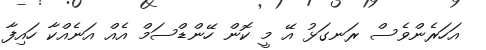
އަހަރެންވެސް ރަނގަޅު އޭ މީ ކޮން ހޭންޑްސަމް އެއް އަނެއްކާ ހައިފާ